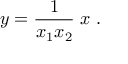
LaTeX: y = { \frac { 1 } { x _ { 1 } x _ { 2 } } } \; x \ .